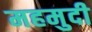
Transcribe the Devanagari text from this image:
महमुदी